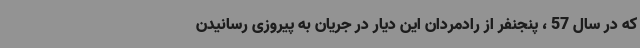
که در سال 57 ، پنجنفر از رادمردان این دیار در جریان به پیروزی رسانیدن